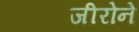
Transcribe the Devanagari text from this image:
जीरोने